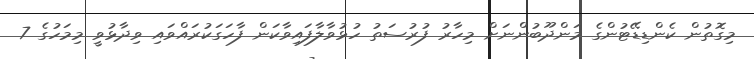
މިގޮތުން ކެންޑިޑޭޓުންގެ މަންދޫބުންނަށް މިހާރު ފުރުސަތު ހުޅުވާލާފައިވާކަން ފާހަގަކުރައްވައި ވިދާޅުވީ މިމަހުގެ 7